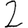
Digit: 2